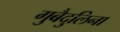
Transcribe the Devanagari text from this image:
गुबैदुलिना